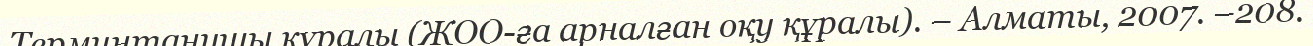
Терминтанушы құралы (ЖОО-ға арналған оқу құралы). – Алматы, 2007. –208.